system: You are a helpful assistant.
user:
Analyze the provided spectrum to determine if it is a **"Cataclysmic Variables (CV)"**.

- **Key Indicators for CV (Check for either state):**
    - **State 1: Quiescent / Low-State (Emission-Dominated)**
        - **(Primary):** Strong and *very broad* Hydrogen Balmer emission lines (e.g., $H\alpha$ at 6563 Å, $H\beta$ at 4861 Å). The 'broadness' (high velocity dispersion, often FWHM > 1000 km/s) is the key diagnostic, indicating a high-velocity accretion disk.
        - **(Secondary):** Broad neutral Helium (He I) emission lines (e.g., 5876 Å, 6678 Å).
        - **(Key Confirmation):** Presence of high-excitation *ionized* Helium (He II) emission at 4686 Å. This is a strong indicator of accretion onto a white dwarf.
        - **(Line Profile):** Emission lines may exhibit a 'double-peaked' profile, which is a classic signature of a rotating accretion disk viewed at high inclination.

    - **State 2: Outburst / High-State (Absorption-Dominated)**
        - **(Primary):** Spectrum is dominated by a bright, blue continuum (looks like a hot star).
        - **(Secondary):** The emission lines from State 1 are weak, absent, or 'filled in', and are replaced by broad, shallow *absorption* lines (primarily Balmer and He I).
        - **(Morphology):** The overall spectrum mimics a hot B/A-type star. The crucial difference is that the absorption lines are significantly broader, shallower, and more 'washed-out' (or 'smeared') than the sharp lines of a normal stellar photosphere, due to high rotational speeds and pressure broadening in the disk.

Think first, call **spectral_visualization_tool** if needed to examine features in detail, then provide your final answer. Your response must adhere to the following strict rules:
1.  **Overall Structure:** Your response must follow the format `<think>...</think> <tool_call>...</tool_call> (if a tool is used) <answer>...</answer>`.
2.  **Tool Usage Constraint:** You may only make **one** tool call per turn.
3.  **Final Answer Format:** In the `<answer>` tag, your conclusion must be inside a `\boxed{}` command (e.g., `\boxed{YES}`), followed by your justification.

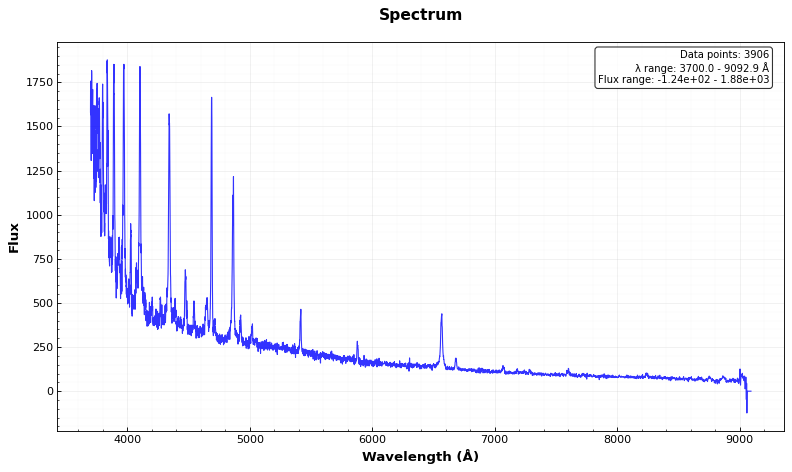
Answer: YES